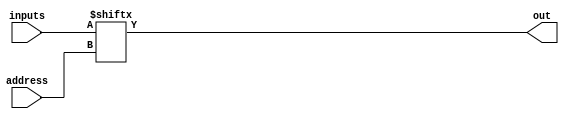
module mux32to1by1
(
  output      out,
  input[4:0]  address,
  input[31:0] inputs
);
  assign out = inputs[address];
endmodule

module mux32to1by32
(
  output[31:0]  out,
  input[4:0]    address,
  input[31:0]   input0, input1, input2, input3, input4, input5,
                input6, input7, input8, input9, input10, input11,
                input12, input13, input14, input15, input16, input17,
                input18, input19, input20, input21, input22, input23,
                input24, input25, input26, input27, input28, input29,
                input30, input31
);

    wire[31:0] mux[31:0];			// Create a 2D array of wires
    assign mux[0] = input0;		// Connect the sources of the array
    assign mux[1] = input1;
    assign mux[2] = input2;
    assign mux[3] = input3;
    assign mux[4] = input4;
    assign mux[5] = input5;
    assign mux[6] = input6;
    assign mux[7] = input7;
    assign mux[8] = input8;
    assign mux[9] = input9;
    assign mux[10] = input10;
    assign mux[11] = input11;
    assign mux[12] = input12;
    assign mux[13] = input13;
    assign mux[14] = input14;
    assign mux[15] = input15;
    assign mux[16] = input16;
    assign mux[17] = input17;
    assign mux[18] = input18;
    assign mux[19] = input19;
    assign mux[20] = input20;
    assign mux[21] = input21;
    assign mux[22] = input22;
    assign mux[23] = input23;
    assign mux[24] = input24;
    assign mux[25] = input25;
    assign mux[26] = input26;
    assign mux[27] = input27;
    assign mux[28] = input28;
    assign mux[29] = input29;
    assign mux[30] = input30;
    assign mux[31] = input31;
    assign out = mux[address];
endmodule